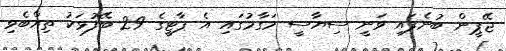
ޖޭޕީން ބުނެފައި ވަނީ ސިޔާސީ މަގާމުގައި އެ ޕާޓީގެ 29 ބޭފުޅަކު ތިއްބެވި